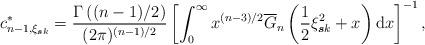
LaTeX: \begin{align*}c_{n-1,\xi_{\boldsymbol{s}k}}^{\ast}=\frac{\Gamma\left((n-1)/2\right)}{(2\pi)^{(n-1)/2}}\left[\int_{0}^{\infty}x^{(n-3)/2}\overline{G}_{n}\left(\frac{1}{2}\xi_{\boldsymbol{s}k}^{2}+x\right)\mathrm{d}x\right]^{-1},\end{align*}